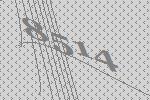
8514